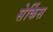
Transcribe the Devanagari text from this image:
सेर्किस